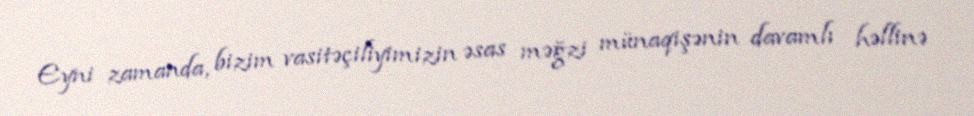
Eyni zamanda, bizim vasitəçiliyimizin əsas məğzi münaqişənin davamlı həllinə